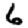
Digit: 6